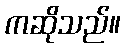
ကဆိုသည်။